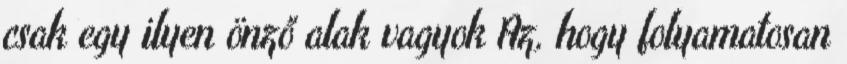
csak egy ilyen önző alak vagyok Az, hogy folyamatosan